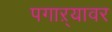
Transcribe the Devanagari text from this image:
पगाऱ्यावर